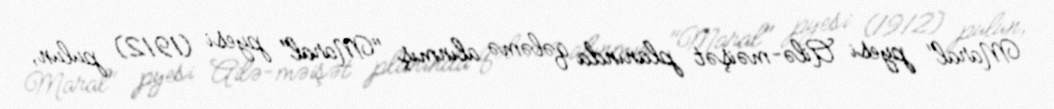
Maral" pyesi Ailə-məişət planında qələmə alınmış "Maral" pyesi (1912) pulun,